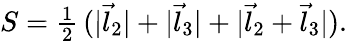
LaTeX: S={\textstyle{\frac{1}{2}}}\, (|\vec{l}_{2}|+|\vec{l}_{3}|+|\vec{l}_{2}+\vec{l}_{3}|).